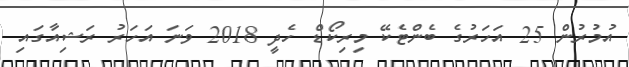
އުމުރުން 25 އަހަރުގެ ބެންޓެކޭ މިރިކޯޑް ހެދީ 2018 ވަނަ އަހަރު ރަޝިއާގައި